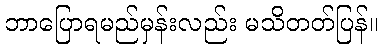
ဘာပြောရမည်မှန်းလည်း မသိတတ်ပြန်။